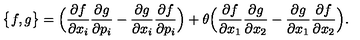
\big \{ f , g \big \} = \Big ( \frac { \partial f } { \partial x _ { i } } \frac { \partial g } { \partial p _ { i } } - \frac { \partial g } { \partial x _ { i } } \frac { \partial f } { \partial p _ { i } } \Big ) + \theta \Big ( \frac { \partial f } { \partial x _ { 1 } } \frac { \partial g } { \partial x _ { 2 } } - \frac { \partial g } { \partial x _ { 1 } } \frac { \partial f } { \partial x _ { 2 } } \Big ) .